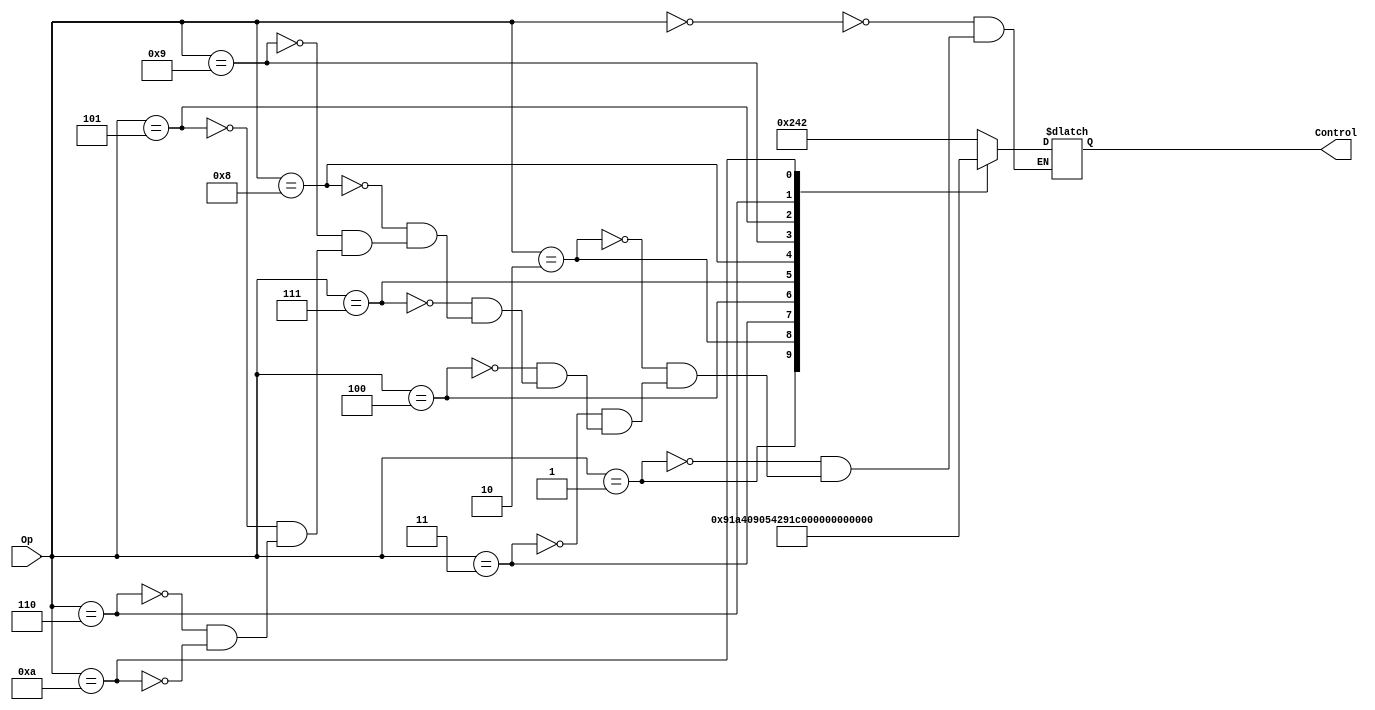
`define CONTROL_V 1

module MainControl (Op,Control);

  input [3:0] Op;
  output reg [9:0] Control;

  always @(Op) case (Op)
    4'b0000: Control <= 10'b1001000010; // ADD
    4'b0001: Control <= 10'b1001000110; // SUB
    4'b0010: Control <= 10'b1001000000; // AND
    4'b0011: Control <= 10'b1001000001; // OR
    4'b0100: Control <= 10'b0101000010; // ADDI
    4'b0111: Control <= 10'b1001000111; // SLT
    4'b1000: Control <= 10'b0000010110; // BEQ
    4'b1001: Control <= 10'b0000001110; // BNE
    4'b0101: Control <= 10'b0111000010; // LW
    4'b0110: Control <= 10'b0100100010; // SW
    4'b1010: Control <= 10'b0000011110; // JUMP
  endcase

endmodule

module BranchControl(BRANCH,ZERO,OUT);
  input [1:0] BRANCH;
  input ZERO;
  output OUT;
  wire one, two, nzero;
    not n1(nzero, ZERO);
    and a1(one,ZERO,BRANCH[1]),
        a2(two,BRANCH[0],nzero);
    or  o1(OUT,one,two);
endmodule


// BranhControl
module BranchControl_2(Op,OUT);

  input [2:0] Op;
  output reg [1:0] OUT;

  always @(Op) case (Op)
    3'b101: OUT <= 2'b01; // beq
    3'b010: OUT <= 2'b01; // bne
    3'b110: OUT <= 2'b10; // jump
    3'b111: OUT <= 2'b10; // jump
    3'b000: OUT <= 2'b11; 
    3'b001: OUT <= 2'b11; 
    3'b010: OUT <= 2'b11; 
    3'b100: OUT <= 2'b11; 
  endcase

endmodule